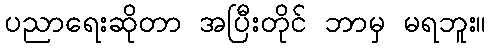
ပညာရေးဆိုတာ အပြီးတိုင် ဘာမှ မရဘူး။